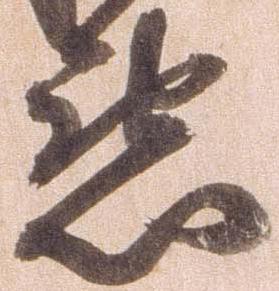
懇